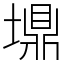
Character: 䵺